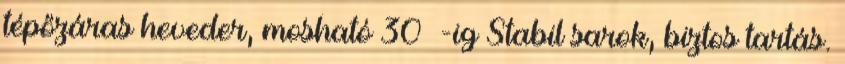
tépőzáras heveder, mosható 30 °-ig Stabil sarok, biztos tartás.